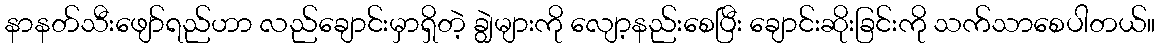
နာနတ်သီးဖျော်ရည်ဟာ လည်ချောင်းမှာရှိတဲ့ ချွဲများကို လျော့နည်းစေပြီး ချောင်းဆိုးခြင်းကို သက်သာစေပါတယ်။